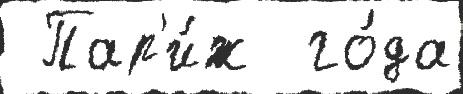
 Пар'и́ж  го́да